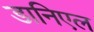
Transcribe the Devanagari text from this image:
डानिएल